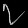
Digit: ၇